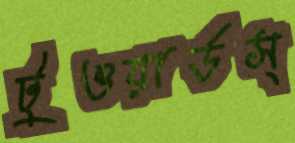
টুওয়ার্ডস্